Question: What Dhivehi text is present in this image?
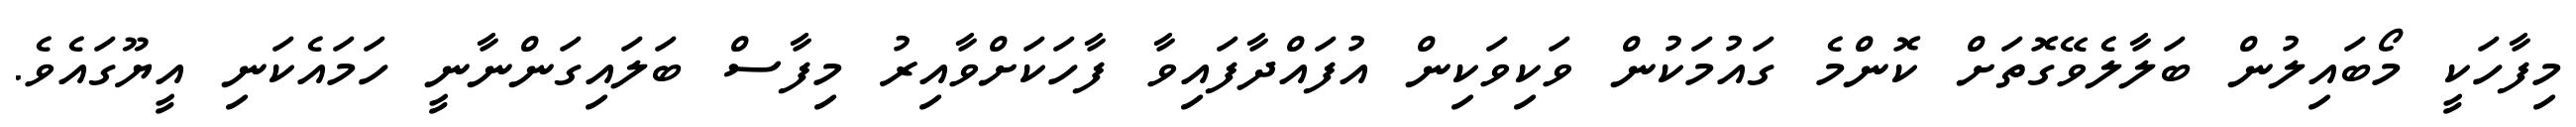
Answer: މިފާހަކީ މޯބައިލުން ބަލާލެވޭގޮތަށް ކޮންމެ ގައުމަކުން ވަކިވަކިން އުފައްދާފައިވާ ފާހަކަށްވާއިރު މިފާސް ބަލައިގަންނާނީ ހަމައެކަނި އީޔޫގައެވެ.